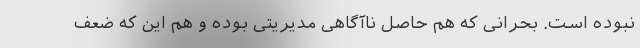
نبوده است. بحرانی که هم حاصل ناآگاهی مدیریتی بوده و هم این که ضعف